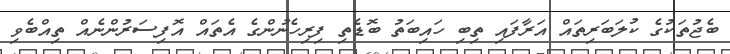
ބެޖުތަކުގެ ކުލަބަރިތައް އަރާފައި ތިބި ހައިބަތު ބޮޑެތި ފިރިހެނުންގެ އެތައް އޮފިސަރުންނެއް ތިއްބެވި